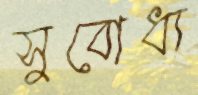
সুবোধ্য